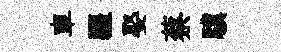
車疆娶蔡驥